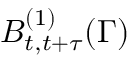
B _ { t , t + \tau } ^ { ( 1 ) } ( \Gamma )